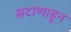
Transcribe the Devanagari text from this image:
सटाणाहून